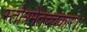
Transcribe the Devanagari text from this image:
स्तोत्रमेतच्चकार।।